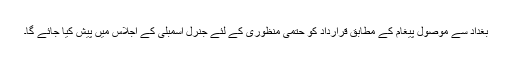
بغداد سے موصول پیغام کے مطابق قرارداد کو حتمی منظوری کے لئے جنرل اسمبلی کے اجلاس میں پیش کیا جائے گا۔